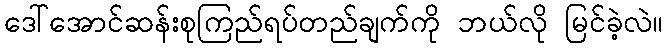
ဒေါ်အောင်ဆန်းစုကြည်ရပ်တည်ချက်ကို ဘယ်လို မြင်ခဲ့လဲ။